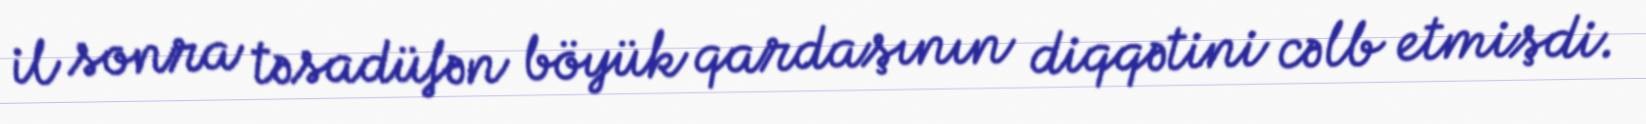
il sonra təsadüfən böyük qardaşının diqqətini cəlb etmişdi.